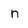
Character: n